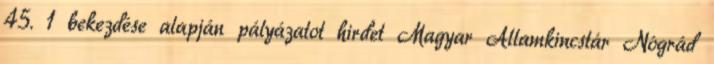
45. 1 bekezdése alapján pályázatot hirdet Magyar Államkincstár Nógrád